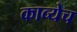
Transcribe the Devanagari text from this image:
काव्येच